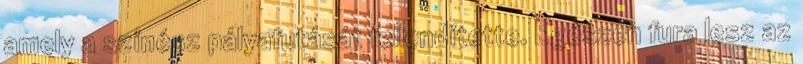
amely a színész pályafutását fellendítette. Egészen fura lesz az